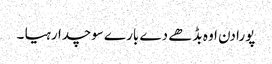
پورا دن اوہ بڈھے دے بارے سوچدا رہیا ۔